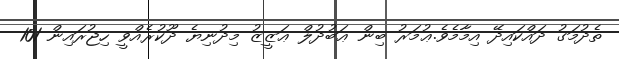
ތެދުމަގު ދައްކައިދޭ އިމާމެވެ.ޢުމަރު ބިން ޢަބުދުލް ޢަޒީޒު މިދުނިޔެ ދޫކުރެއްވީ ހިޖުރައިން 101